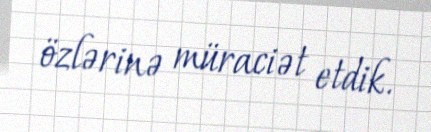
özlərinə müraciət etdik.